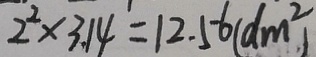
2 ^ { 2 } \times 3 . 1 4 = 1 2 . 5 6 ( d m ^ { 2 } )